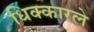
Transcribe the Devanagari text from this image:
धिक्कारले